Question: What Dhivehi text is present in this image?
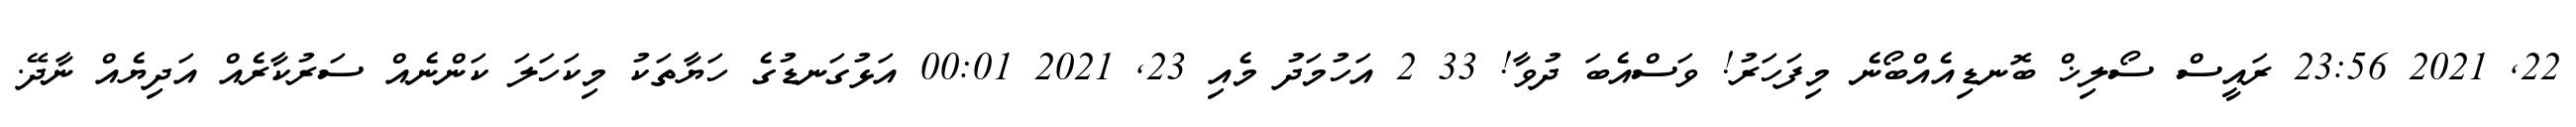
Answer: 22, 2021 23:56 ރައީސް ސޯލިޚް ބޮނޑިއެއްބޯނެ މިފަހަރު! ވަސްއެބަ ދުވާ! 33 2 އަހުމަދު މެއި 23, 2021 00:01 އަޅުގަނޑުގެ ހަޔާތަކު މިކަހަލަ ކަންނެއް ސަރުކާރެއް އަދިޔެއް ނާދޭ.